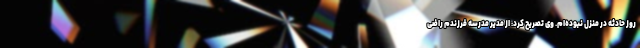
روز حادثه در منزل نبوده‌ام. وی تصریح کرد: از مدیر مدرسه فرزندم راضی